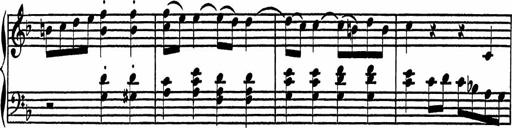
Title: 4 Piano Sonatinas
Composer: Adam Geibel